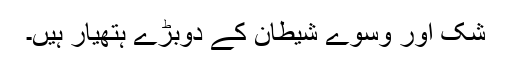
شک اور وسوے شیطان کے دوبڑے ہتھیار ہیں۔